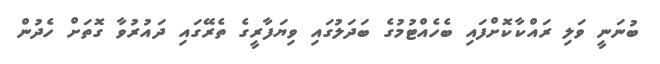
ބުނަނީ ވަލި ރައްކާކޮށްފައި ބެހެއްޓުމުގެ ބަދަލުގައި ވިޔަފާރީގެ ތެރޭގައި ދައުރުވާ ގޮތަށް ހެދުން